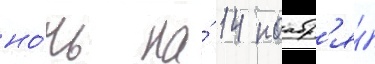
но́чь на́ 14 ноабр'я́